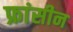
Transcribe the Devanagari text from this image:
फ्रांसीन